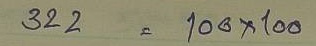
322 = 100 x 100